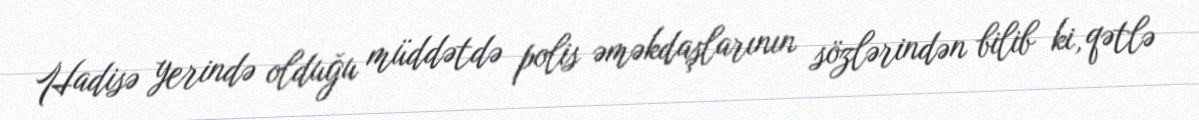
Hadisə yerində olduğu müddətdə polis əməkdaşlarının sözlərindən bilib ki, qətlə